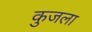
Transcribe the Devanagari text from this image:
कुजला